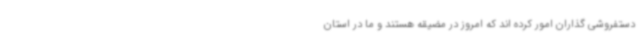
دستفروشی گذاران امور کرده اند که امروز در مضیقه هستند و ما در استان